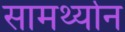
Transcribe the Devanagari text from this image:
सामर्थ्‍यान